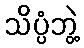
သိပ္ပံဘွဲ့